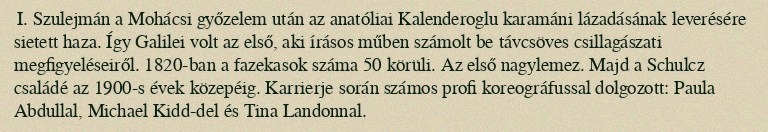
I. Szulejmán a Mohácsi győzelem után az anatóliai Kalenderoglu karamáni lázadásának leverésére sietett haza. Így Galilei volt az első, aki írásos műben számolt be távcsöves csillagászati megfigyeléseiről. 1820-ban a fazekasok száma 50 körüli. Az első nagylemez. Majd a Schulcz családé az 1900-s évek közepéig. Karrierje során számos profi koreográfussal dolgozott: Paula Abdullal, Michael Kidd-del és Tina Landonnal.